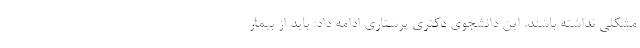
مشکلی نداشته باشند. این دانشجوی دکتری پرستاری ادامه داد: باید از بیمار